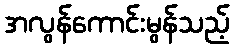
အလွန်ကောင်းမွန်သည့်